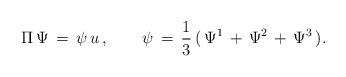
LaTeX: \begin{align*}\Pi\,\Psi\,=\,\psi\,u\,,\qquad\psi\,=\,{1\over3}\,(\,\Psi^1\,+\,\Psi^2\,+\,\Psi^3\,).\end{align*}